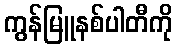
ကွန်မြူနစ်ပါတီကို